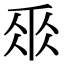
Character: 𠂹